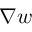
{ \nabla } w